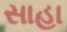
સાહા